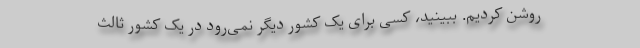
روشن کردیم. ببینید، کسی برای یک کشور دیگر نمی‌رود در یک کشور ثالث